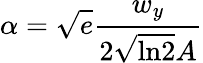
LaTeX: \alpha=\sqrt{e}\frac{w_{y}}{2\sqrt{\mathrm{ln}2}A}